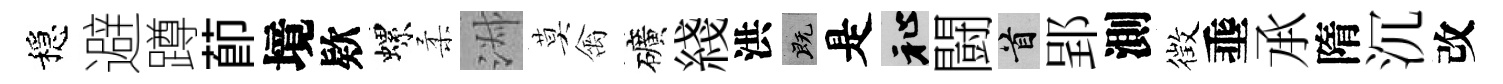
穩避蹲莭境欵螺柔淑莫禽礦綫洪既是祉闘首郢測徴埀𠄘隋沉改